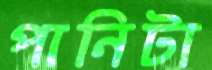
পানিটা